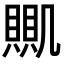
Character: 𧶹